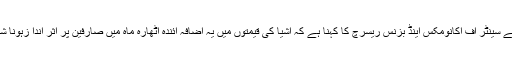
برطانیہ کے سینٹر آف اکانومکس اینڈ بزنس ریسرچ کا کہنا ہے کہ اشیا کی قیمتوں میں یہ اضافہ آئندہ اٹھارہ ماہ میں صارفین پر اثر اندا زہونا شروع ہوگا۔